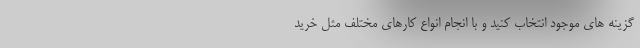
گزینه های موجود انتخاب کنید و با انجام انواع کارهای مختلف مثل خرید